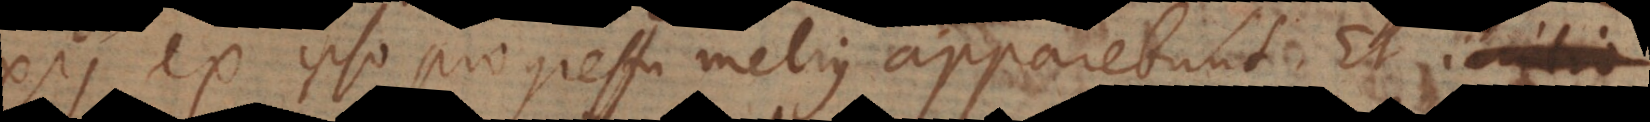
ex ipso progressu melius apparebunt. Et initio